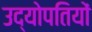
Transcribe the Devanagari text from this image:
उद्योपतियों